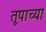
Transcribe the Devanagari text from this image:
तूपाच्या